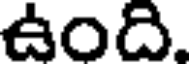
ఉంది.